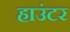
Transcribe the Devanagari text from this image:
हाउंटर